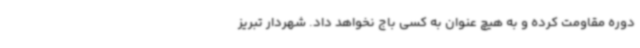
دوره مقاومت کرده و به هیچ عنوان به کسی باج نخواهد داد. شهردار تبریز